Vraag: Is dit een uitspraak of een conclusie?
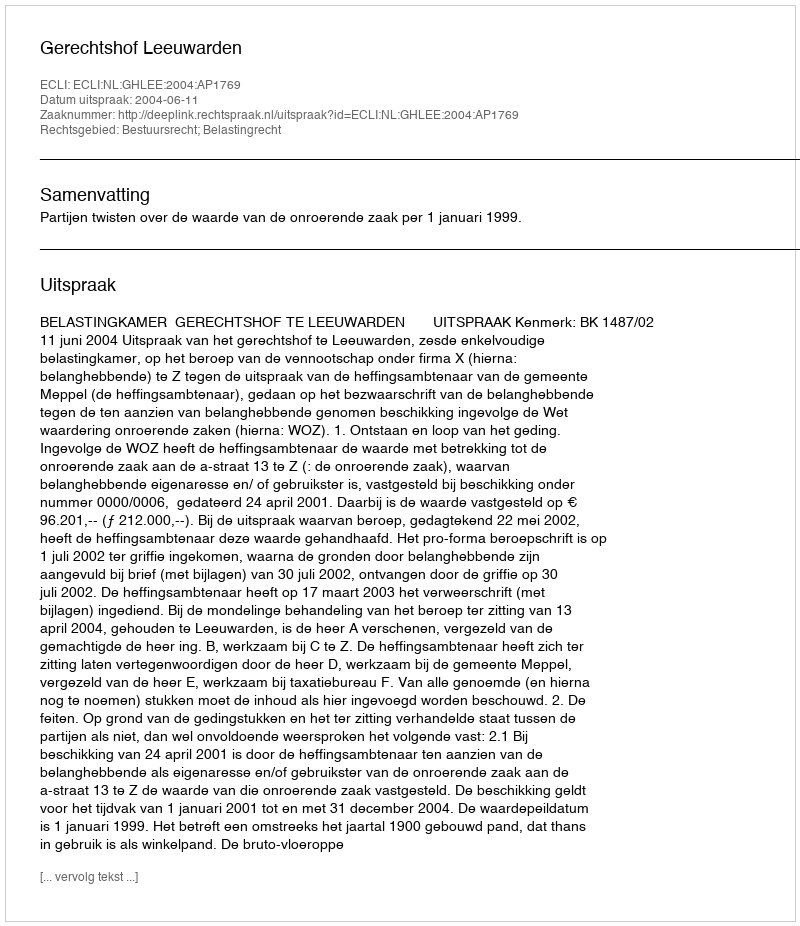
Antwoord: Uitspraak